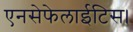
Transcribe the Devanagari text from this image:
एनसेफेलाईटिस।